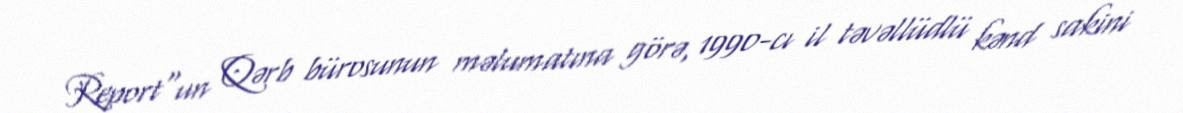
Report"un Qərb bürosunun məlumatına görə, 1990-cı il təvəllüdlü kənd sakini